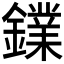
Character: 𨭥